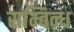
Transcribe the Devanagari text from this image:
सम्बिन्ध